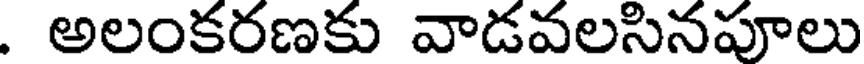
. అలంకరణకు వాడవలసినపూలు